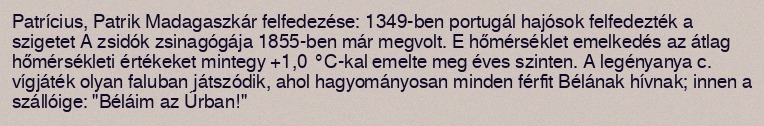
Patrícius, Patrik Madagaszkár felfedezése: 1349-ben portugál hajósok felfedezték a szigetet A zsidók zsinagógája 1855-ben már megvolt. E hőmérséklet emelkedés az átlag hőmérsékleti értékeket mintegy +1,0 °C-kal emelte meg éves szinten. A legényanya c. vígjáték olyan faluban játszódik, ahol hagyományosan minden férfit Bélának hívnak; innen a szállóige: "Béláim az Úrban!"